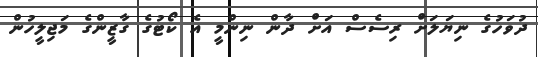
ދުވަހުގެ ނިޔަލަށް ރިސެސް އަށް ދާން ނިންމީ އެ ކޯޓުގެ ގާޒީންގެ މަޖިލީހުން